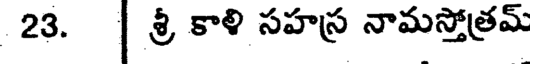
23. | శ్రీ కాళి సహస్ర నామస్తోత్రమ్